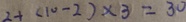
2 + ( 1 0 - 2 ) \times 3 = 3 0